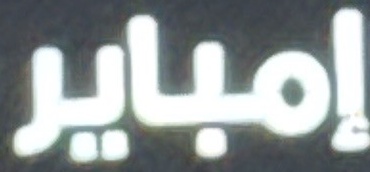
إمباير